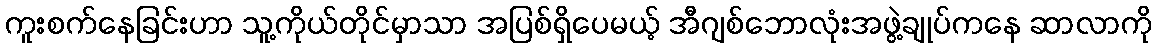
ကူးစက်နေခြင်းဟာ သူ့ကိုယ်တိုင်မှာသာ အပြစ်ရှိပေမယ့် အီဂျစ်ဘောလုံးအဖွဲ့ချုပ်ကနေ ဆာလာကို